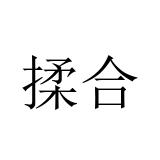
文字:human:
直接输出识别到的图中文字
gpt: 揉合